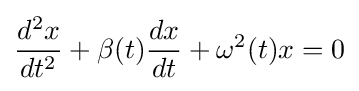
{\frac {d^{2}x}{dt^{2}}}+\beta (t){\frac {dx}{dt}}+\omega ^{2}(t)x=0